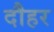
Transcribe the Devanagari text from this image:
दौहर